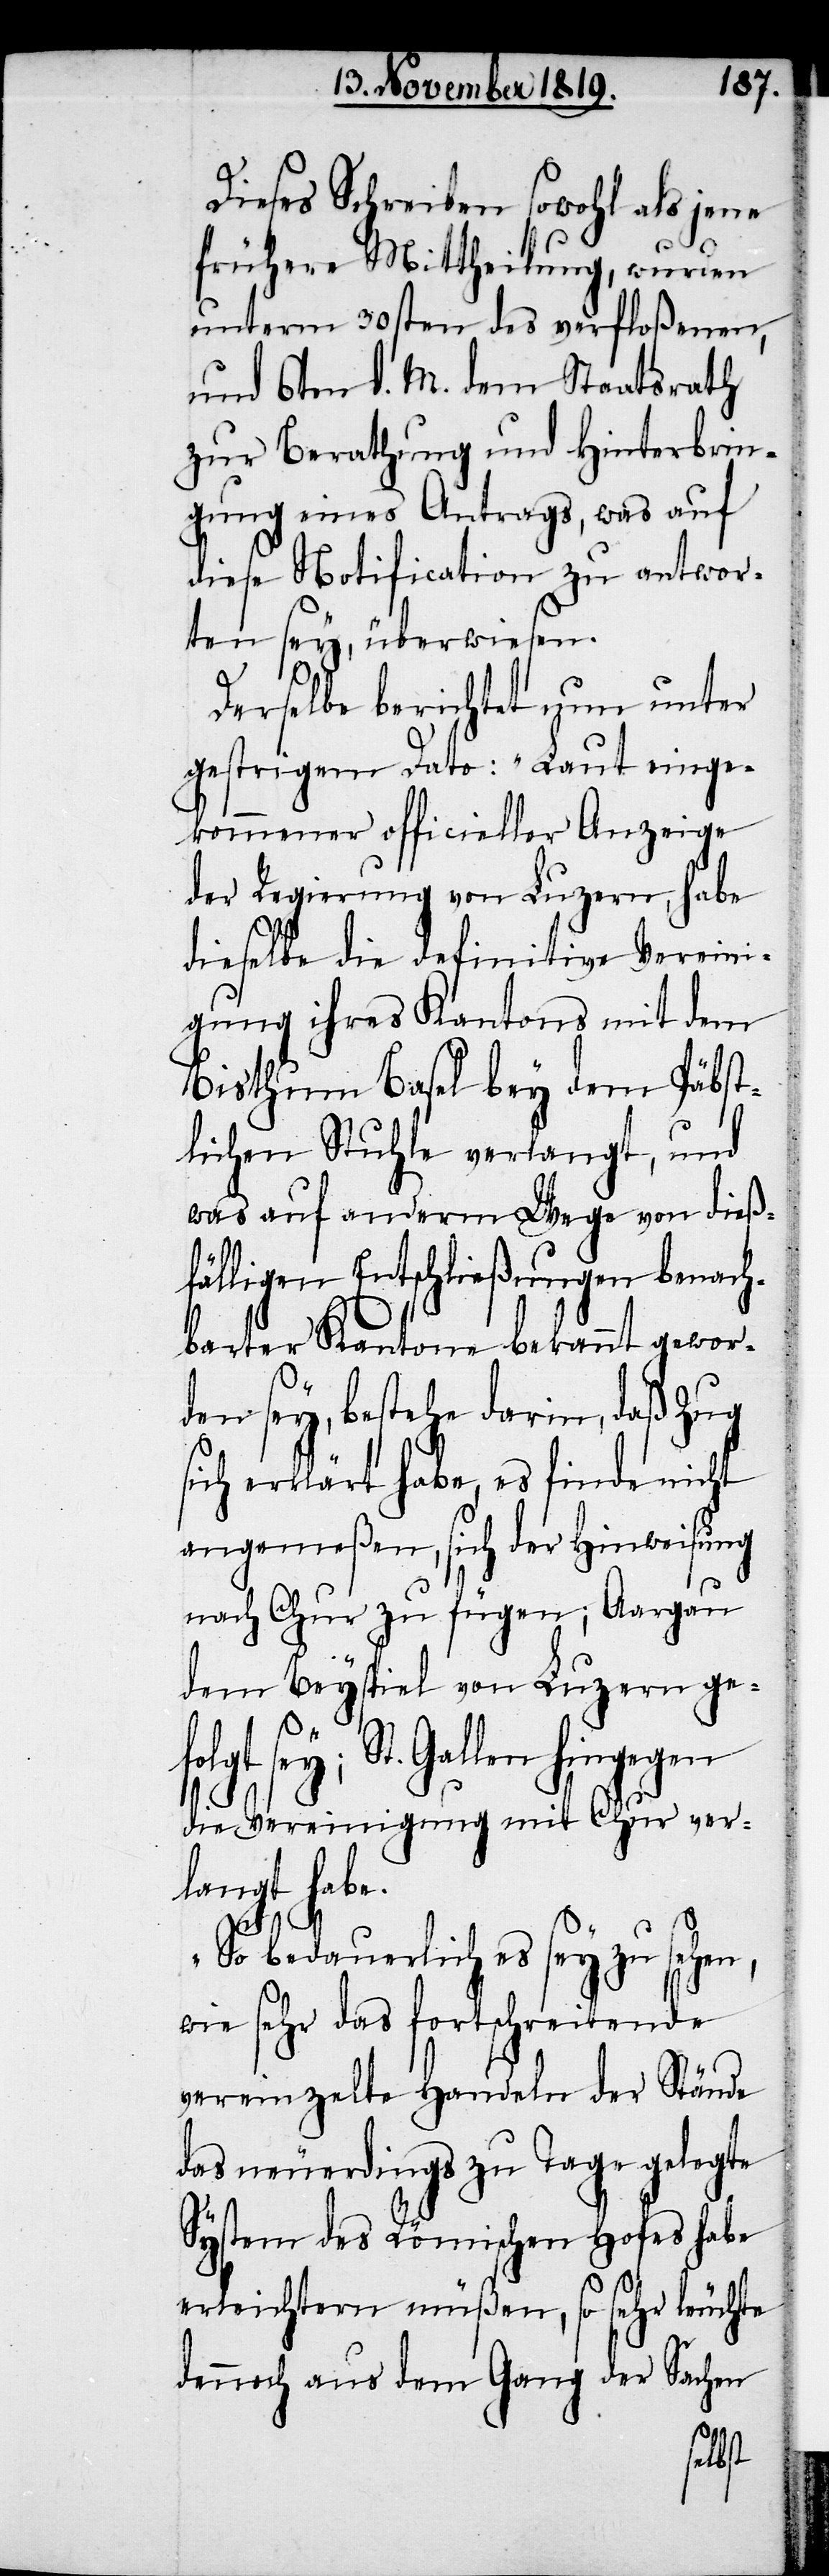
Dieses Schreiben sowohl als jene
frühere Mittheilung, wurden
unterm 30sten des verfloßenen,
und 6ten d. M. dem Staatsrath
zur Berathung und Hinterbrin¬
gung eines Antrags, was auf
diese Notification zu antwor¬
ten sey, überwiesen.
Derselbe berichtet nun unter
gestrigem Dato: „Laut einge¬
kommener officieller Anzeige
der Regierung von Luzern, habe
dieselbe die definitve Vereini¬
gung ihres Kantons mit dem
Bisthum Basel bey dem Päbst¬
lichen Stuhle verlangt, und
was auf anderm Wege von dieß¬
fälligen Entschließungen benach¬
barter Kantone bekannt gewor¬
den sey, bestehe darin, daß Zug
sich erklärt habe, es finde nicht
angemeßen, sich der Hinweisung
nach Chur zu fügen; Aargau
dem Beyspiel von Luzern ge¬
folgt sey; St. Gallen hingegen
die Vereinigung mit Chur ver¬
langt habe.
„So bedauerlich es sey zu sehen,
wie sehr das fortschreitende
vereinzelte Handeln der Stände
das neuerdings zu Tage gelegte
System des Römischen Hofes habe
erleichtern müßen, so sehr leuchte
dennoch aus dem Gang der Sachen